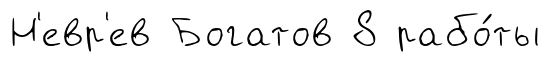
Н'евр'ев Богатов 8 рабо́ты